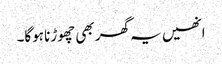
انھیں یہ گھر بھی چھوڑنا ہوگا۔